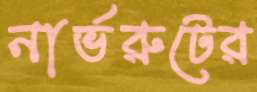
নার্ভরুটের